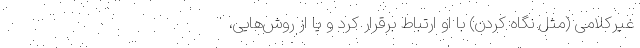
غیرکلامی (مثل نگاه کردن) با او ارتباط برقرار کرد و یا از روش‌هایی،